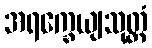
အရက္ခေယျသုတ္တံ